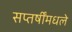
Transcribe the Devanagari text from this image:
सप्तर्षींमधले